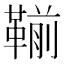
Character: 𩋳